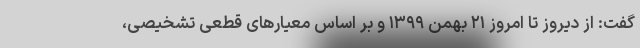
گفت: از دیروز تا امروز ۲۱ بهمن ۱۳۹۹ و بر اساس معیارهای قطعی تشخیصی،